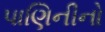
પાણિનીનો